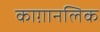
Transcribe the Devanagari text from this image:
काग़ानलिक